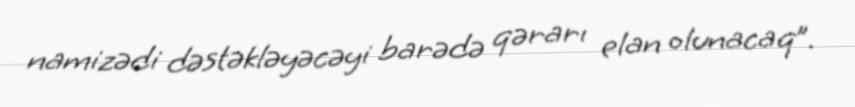
namizədi dəstəkləyəcəyi barədə qərarı elan olunacaq”.